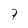
Character: 7